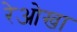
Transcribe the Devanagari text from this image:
रेओखा